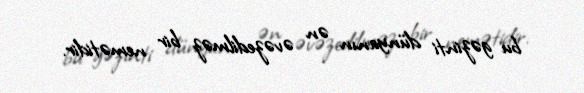
bu gəzinti dünyanın ən əvəzedilməz bir nemətidir.